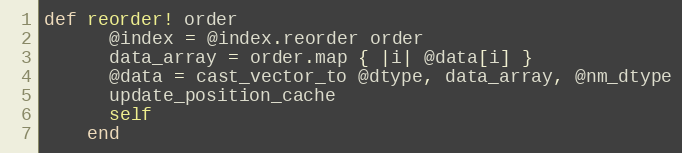
Language: Ruby
def reorder! order
      @index = @index.reorder order
      data_array = order.map { |i| @data[i] }
      @data = cast_vector_to @dtype, data_array, @nm_dtype
      update_position_cache
      self
    end